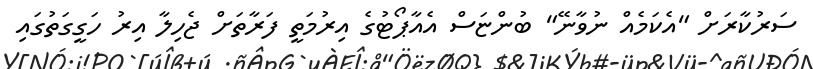
ސަރުކާރަށް "އެކަމެއް ނުވާނޭ" ބުންޏަސް އެއާޕޯޓުގެ އިރުމަތީ ފަރާތަށް ޖެހިލާ އިރު ހަގީގަތުގައި